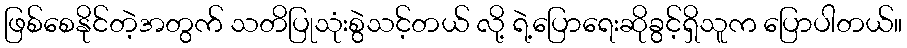
ဖြစ်စေနိုင်တဲ့အတွက် သတိပြုသုံးစွဲသင့်တယ် လို့ ရဲ့ပြောရေးဆိုခွင့်ရှိသူက ပြောပါတယ်။